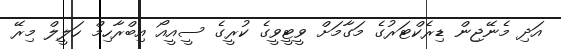
އަދި މެނޭޖިން ޑިރެކްޓަރުގެ މަގާމަށް ވީޓީވީގެ ކުރީގެ ސީއީއޯ އިބްރާހިމް ހަލީލް މިރޭ